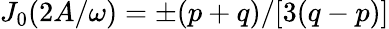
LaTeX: J_{0}(2A/\omega)=\pm(p+q)/[3(q-p)]